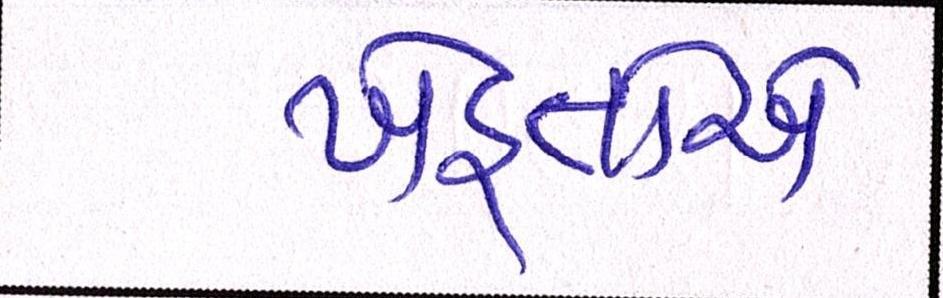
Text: ખેડ઼ૂતોએ